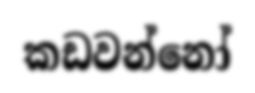
කඩවන්නෝ